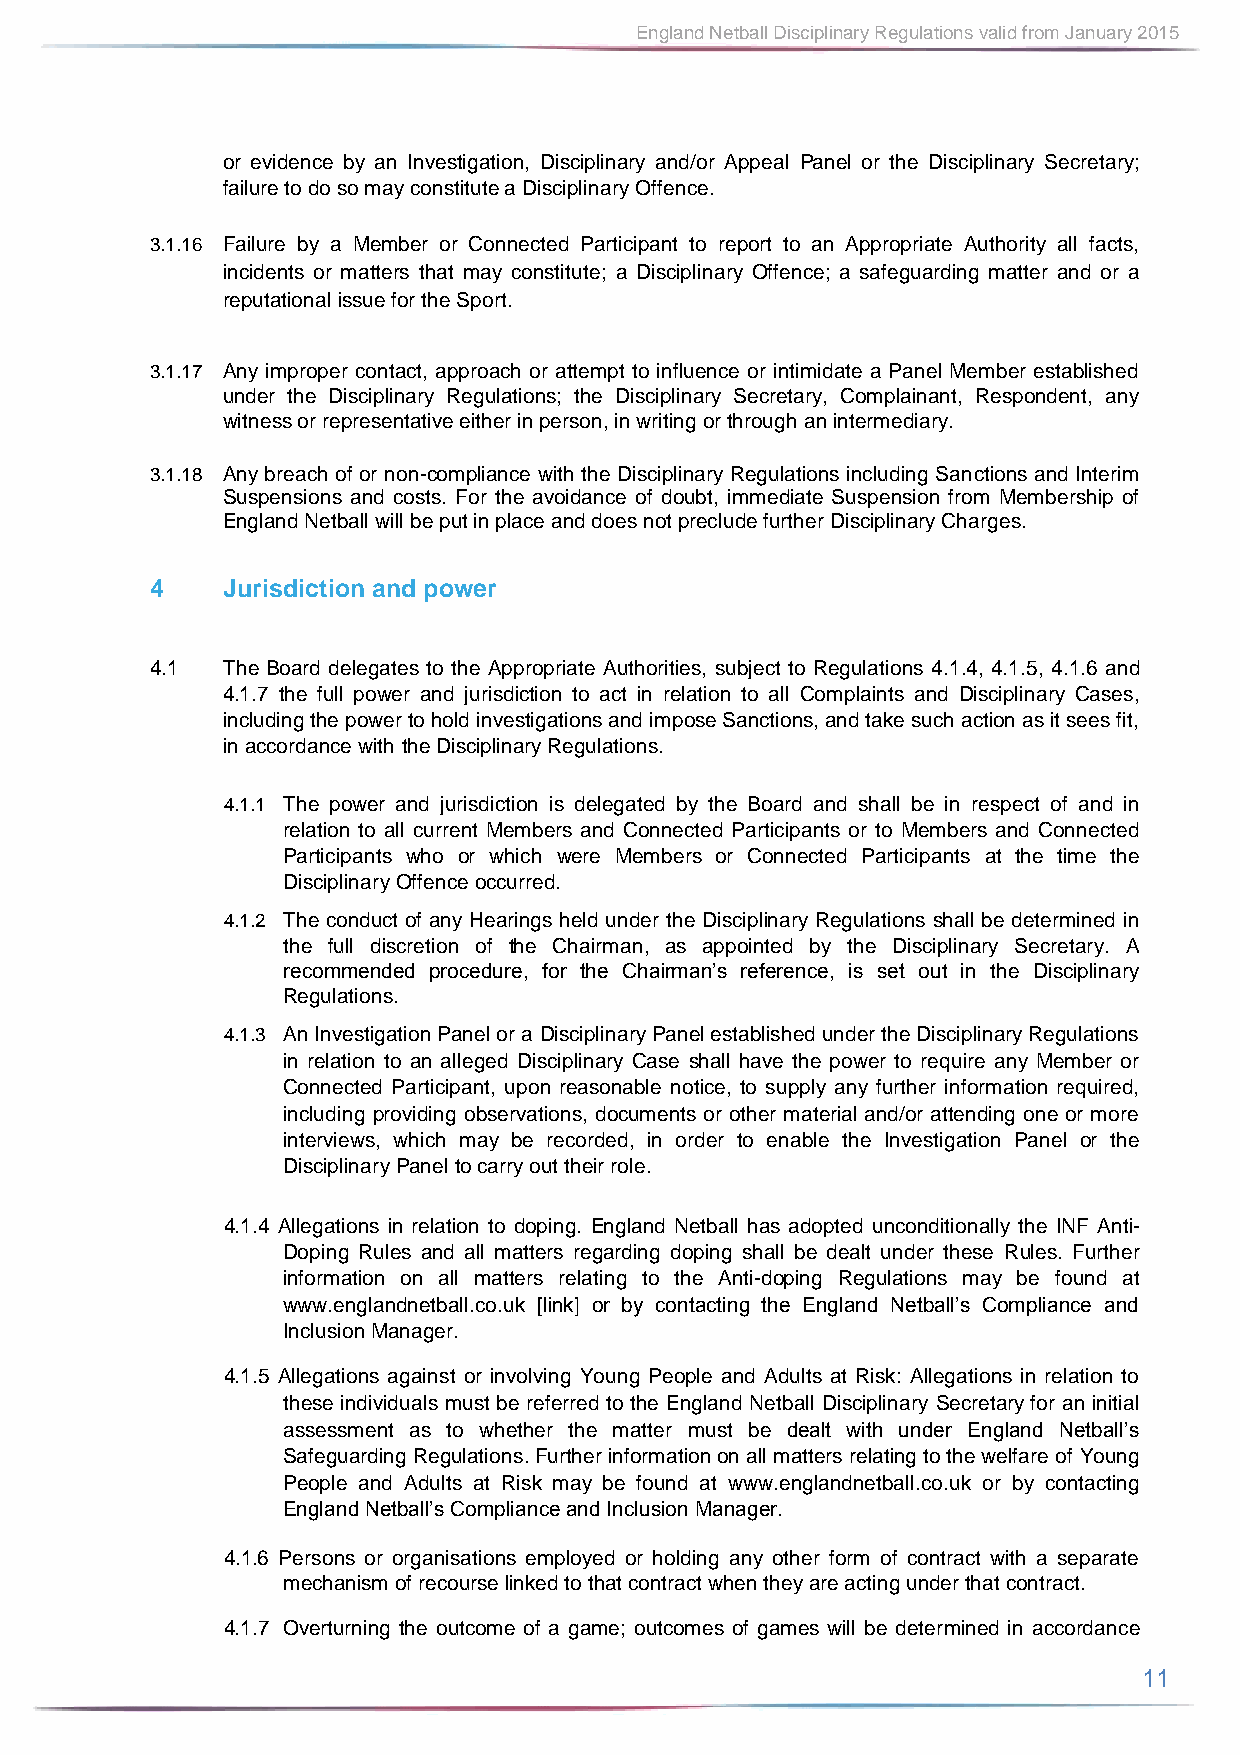
England Netball Disciplinary Regulations valid from January 2015
 or evidence by an Investigation, Disciplinary and/or Appeal Panel or the Disciplinary Secretary;
 failure to do so may constitute a Disciplinary Offence.
 3.1.16 Failure by a Member or Connected Participant to report to an Appropriate Authority all facts,
 incidents or matters that may constitute; a Disciplinary Offence; a safeguarding matter and or a
 reputational issue for the Sport.
 3.1.17 Any improper contact, approach or attempt to influence or intimidate a Panel Member established
 under the Disciplinary Regulations; the Disciplinary Secretary, Complainant, Respondent, any
 witness or representative either in person, in writing or through an intermediary.
 3.1.18 Any breach of or non-compliance with the Disciplinary Regulations including Sanctions and Interim
 Suspensions and costs. For the avoidance of doubt, immediate Suspension from Membership of
 England Netball will be put in place and does not preclude further Disciplinary Charges.
 4    Jurisdiction and power
 4.1  The Board delegates to the Appropriate Authorities, subject to Regulations 4.1.4, 4.1.5, 4.1.6 and
 4.1.7 the full power and jurisdiction to act in relation to all Complaints and Disciplinary Cases,
 including the power to hold investigations and impose Sanctions, and take such action as it sees fit,
 in accordance with the Disciplinary Regulations.
 4.1.1 The power and jurisdiction is delegated by the Board and shall be in respect of and in
 relation to all current Members and Connected Participants or to Members and Connected
 Participants who or which were Members or Connected Participants at the time the
 Disciplinary Offence occurred.
 4.1.2 The conduct of any Hearings held under the Disciplinary Regulations shall be determined in
 the full discretion of the Chairman, as appointed by the Disciplinary Secretary. A
 recommended procedure, for the Chairman’s reference, is set out in the Disciplinary
 Regulations.
 4.1.3 An Investigation Panel or a Disciplinary Panel established under the Disciplinary Regulations
 in relation to an alleged Disciplinary Case shall have the power to require any Member or
 Connected Participant, upon reasonable notice, to supply any further information required,
 including providing observations, documents or other material and/or attending one or more
 interviews, which may be recorded, in order to enable the Investigation Panel or the
 Disciplinary Panel to carry out their role.
 4.1.4 Allegations in relation to doping. England Netball has adopted unconditionally the INF Anti-
 Doping Rules and all matters regarding doping shall be dealt under these Rules. Further
 information on all matters relating to the Anti-doping Regulations may be found at
 www.englandnetball.co.uk [link] or by contacting the England Netball’s Compliance and
 Inclusion Manager.
 4.1.5 Allegations against or involving Young People and Adults at Risk: Allegations in relation to
 these individuals must be referred to the England Netball Disciplinary Secretary for an initial
 assessment as to whether the matter must be dealt with under England Netball’s
 Safeguarding Regulations. Further information on all matters relating to the welfare of Young
 People and Adults at Risk may be found at www.englandnetball.co.uk or by contacting
 England Netball’s Compliance and Inclusion Manager.
 4.1.6 Persons or organisations employed or holding any other form of contract with a separate
 mechanism of recourse linked to that contract when they are acting under that contract.
 4.1.7 Overturning the outcome of a game; outcomes of games will be determined in accordance
 11